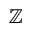
\mathbb { Z }